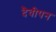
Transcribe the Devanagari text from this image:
दैवीपन